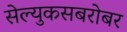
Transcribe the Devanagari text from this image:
सेल्युकसबरोबर